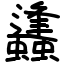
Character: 蠭